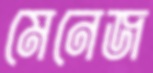
মেনেজ